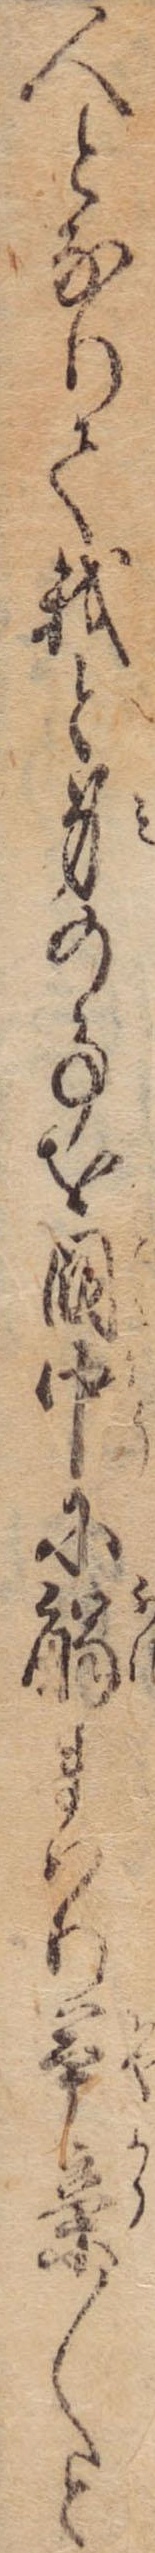
人となりて我と身の事を国中に触まはり茶辛〱と